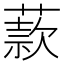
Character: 䕀